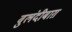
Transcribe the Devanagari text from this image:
बुलंदीबाग़